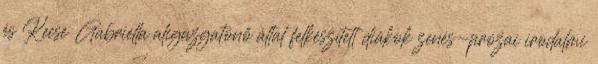
és Kecse Gabriella aligazgatónő által felkészített diákok zenés-prózai irodalmi